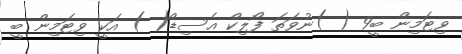
ވިޓަމިން ބީ9 ( )ނުވަތަ ފޯލިކް އެސިޑް( ) އަކީ ވިޓަމިން ބީ